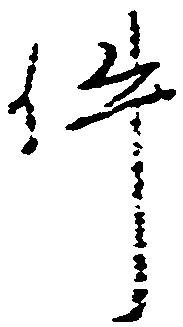
件